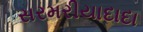
સરમરીયાદાદા